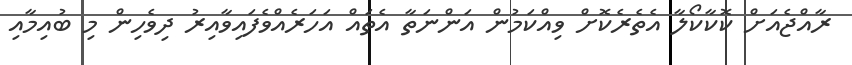
ރާއްޖެއަށް ކޮކާކޯލާ އެތެރެކޮށް ވިއްކަމުން އަންނަތާ އެތައް އަހަރެއްވެފައިވާއިރު ދިވެހިން މި ބުއިމާއި